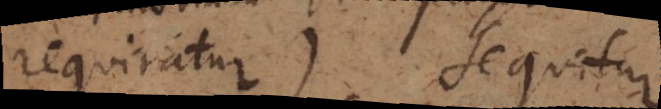
requiratur) sequitur